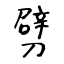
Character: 劈